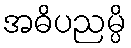
အဓိပညမ္ပိ